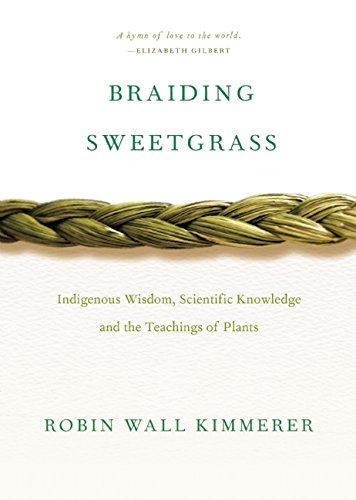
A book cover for Braiding Sweetgrass: Indigenous Wisdom, Scientific Knowledge and the Teachings of Plants; Robin Wall Kimmerer; Science & Math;